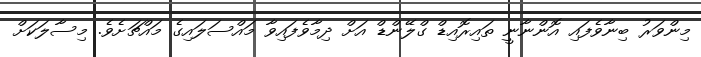
މިންވަރު ބިނާވެފައި އޮންނާނީ ތައިރޮއިޑް ގްލޭންޑް އަށް ދިމާވެފައިވާ މައްސަލައިގެ މައްޗަށެވެ. މިސާލަކަށް